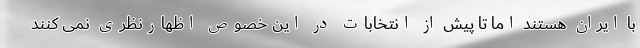
با ایران هستند اما تا پیش از انتخابات در این خصوص اظهارنظری نمی کنند